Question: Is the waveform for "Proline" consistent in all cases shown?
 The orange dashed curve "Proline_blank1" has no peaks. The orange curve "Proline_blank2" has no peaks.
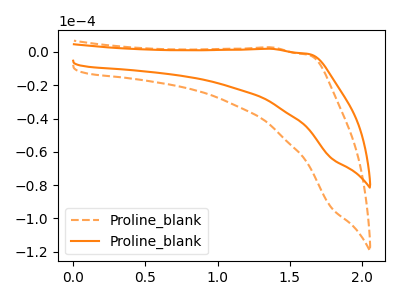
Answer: <think>Neither "Proline_blank1" or "Proline_blank2" have any peaks.
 </think>
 <answer>All the CV's of "Proline" have similar shape.</answer>
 <eval>follow_rule</eval>